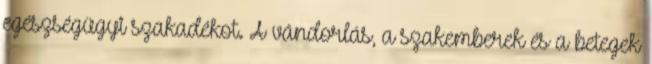
egészségügyi szakadékot. A vándorlás, a szakemberek és a betegek